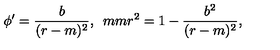
\phi ^ { \prime } = \frac { b } { ( r - m ) ^ { 2 } } , \hspace * { 5 m m } r ^ { 2 } = 1 - \frac { b ^ { 2 } } { ( r - m ) ^ { 2 } } ,